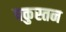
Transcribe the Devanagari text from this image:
पकुस्तन